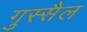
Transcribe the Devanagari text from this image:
गुस्‍सैल